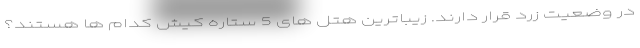
در وضعیت زرد قرار دارند. زیباترین هتل های 5 ستاره کیش کدام ها هستند؟